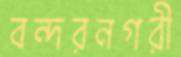
বন্দরনগরী